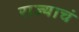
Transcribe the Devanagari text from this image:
राज्याचं